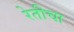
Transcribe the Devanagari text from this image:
रेतीचा